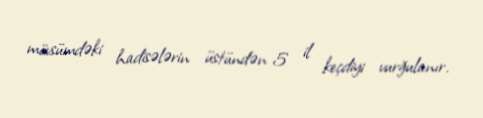
mövsümdəki hadisələrin üstündən 5 il keçdiyi vurğulanır.